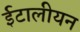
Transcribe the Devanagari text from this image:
ईटालीयन